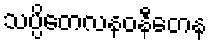
သပ္ပိတေလနဝနီတေန